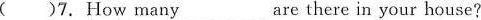
( )7.How many_ are there in your house?